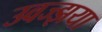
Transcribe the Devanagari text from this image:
उवज्झया